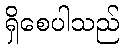
ရှိစေပါသည်